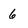
Character: 6